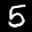
Label: 5